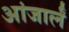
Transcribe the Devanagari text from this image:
आंजार्लं